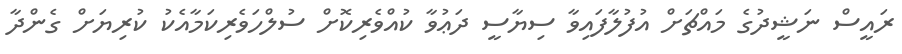
ރައީސް ނަޝީދުގެ މައްޗަށް އުފުލާފައިވާ ސިޔާސީ ދަޢުވާ ކުއްވެރިކޮށް ސުލްހަވެރިކަމާއެކު ކުރިޔަށް ގެންދާ